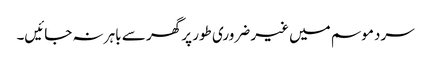
سرد موسم میں غیر ضروری طور پر گھر سے باہر نہ جائیں۔